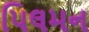
પિલમન